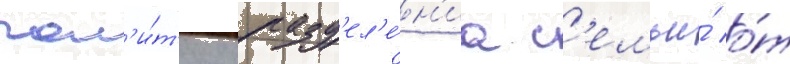
пол'и́т'ику разд'ел'е́н'иа с'емьи́ о́т